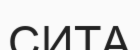
СИТА